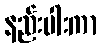
နည်းပါးကာ